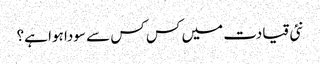
نئی قیادت میں کس کس سے سودا ہوا ہے؟